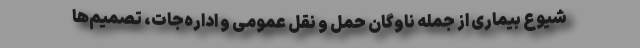
شیوع بیماری از جمله ناوگان حمل‌ و نقل عمومی و اداره‌جات، تصمیم‌ها